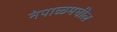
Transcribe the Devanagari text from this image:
नेपाळमघील